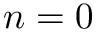
n = 0